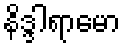
နိဒ္ဒါရာမော